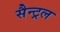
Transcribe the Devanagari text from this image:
सैन्ट्रल